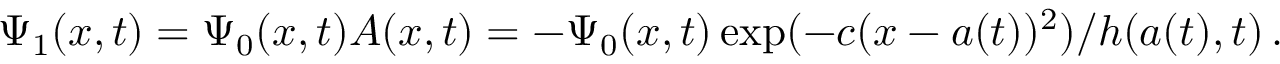
\Psi _ { 1 } ( x , t ) = \Psi _ { 0 } ( x , t ) A ( x , t ) = - \Psi _ { 0 } ( x , t ) \exp ( - c ( x - a ( t ) ) ^ { 2 } ) / h ( a ( t ) , t ) \, .